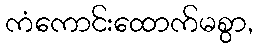
ကံကောင်းထောက်မစွာ,